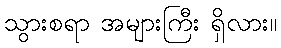
သွားစရာ အများကြီး ရှိလား။